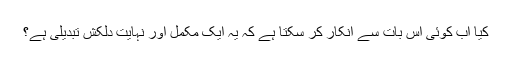
کیا اب کوئی اس بات سے انکار کر سکتا ہے کہ یہ ایک مکمل اور نہایت دلکش تبدیلی ہے؟